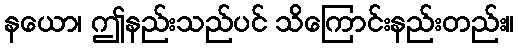
နယော၊ ဤနည်းသည်ပင် သိကြောင်းနည်းတည်း။